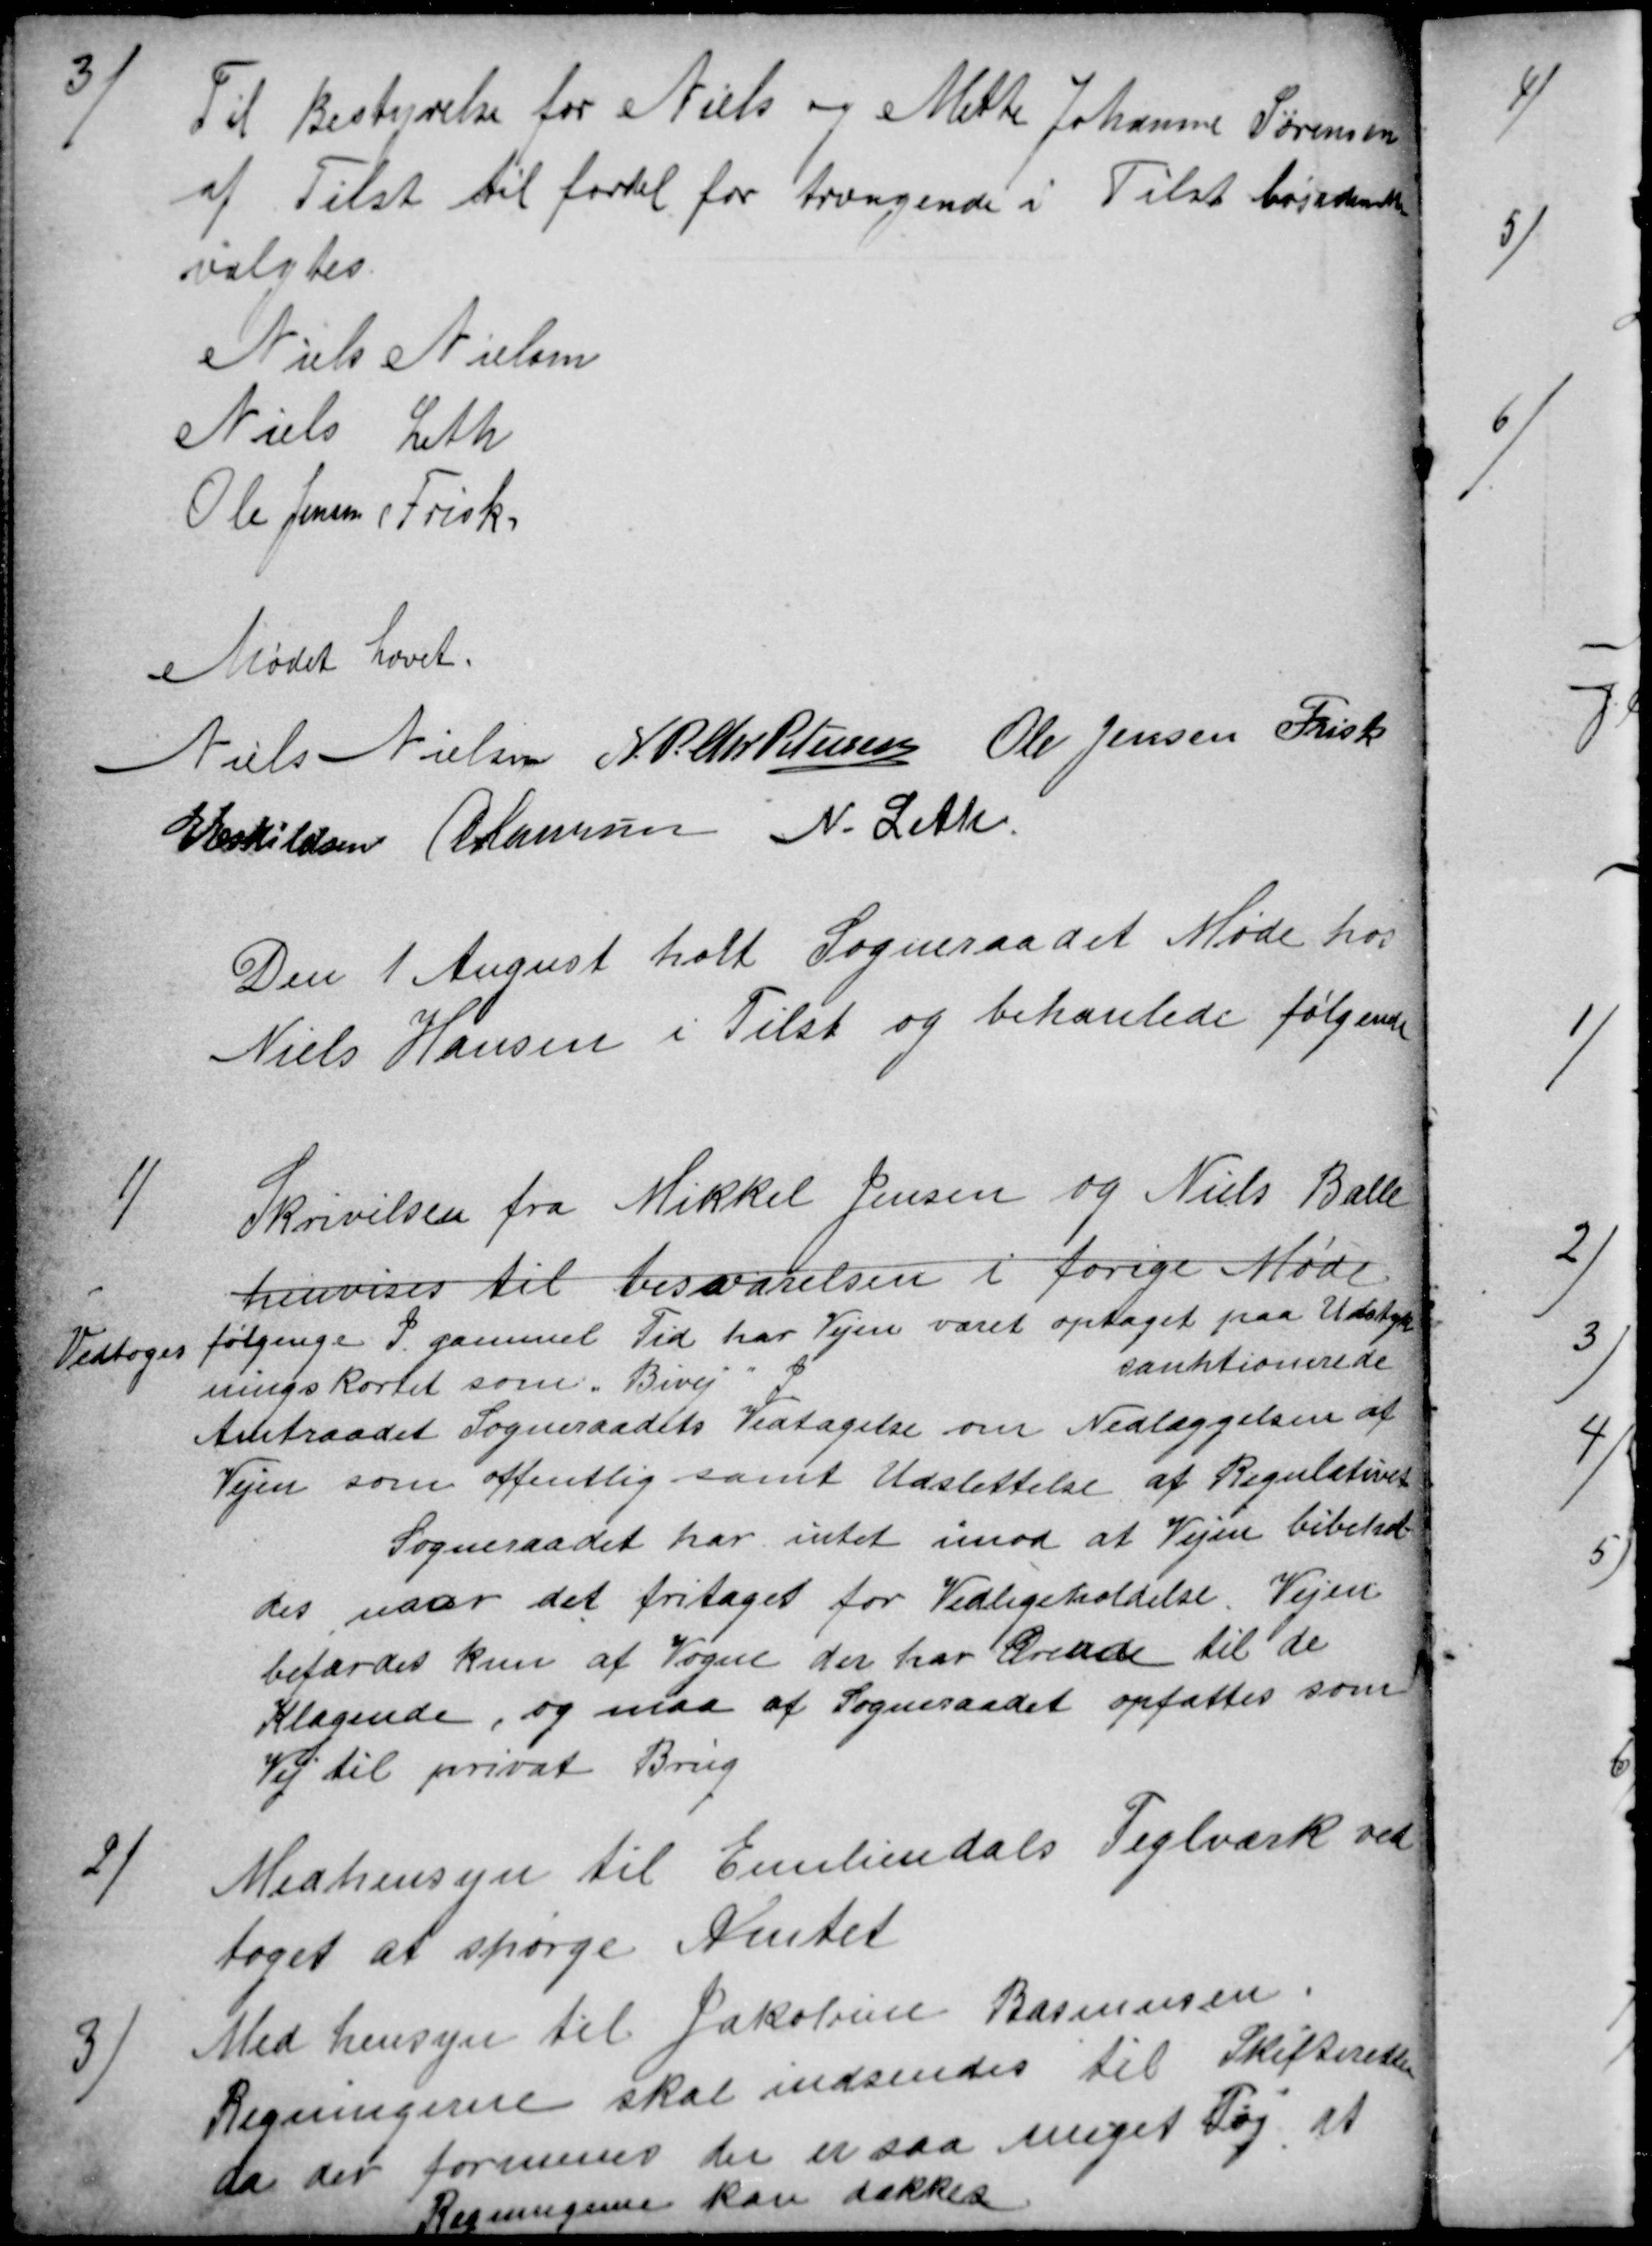
Transskription:
3)
Til Bestyrelse for Niels og Mette Johanne Sørensen
af Tilst til fordel for trængende i Tilst bosidende
valgtes
Niels Nielsen
Niels Leth
Ole Jensen (Frisk)
Mødet hævet.
Niels Nielsen N. P. Chr. Petersen Ole Jensen Frisk
E Eskildsen A Laursen N. Leth
Den 1 August holt Sogneraadet Møde hos
Niels Hansen i Tilst og behanlede følgende
1)
Skrivelsen fra Mikkel Jensen og Niels Balle
henvises til besvarelsen i forige Møde
Vedtoges
følgenge I gammel Tid har Vejen været optaget paa Udstyk
ningskortet som "Bivej"
I
sanktionerede
Amtraadet Sogneraadets Vedtagelse om Nedlæggelsen af
Vejen som offentlig samt Udslettelse af Regulativet
Sogneraadet har intet imod at Vejen bibehol-
des naar det fritaget for Vedligeholdelse. Vejen
befærdes kun af Vogne der har Ærende til de
Klagende, og maa af Sogneraadet opfattes som
Vej til privat Brug
2)
Med hensyn til Emiliendals Teglværk ved
toges at spørge Amtet
3)
Med hensyn til Jakobine Rasmussen.
Regningerne skal indsendes til Skifteretten
da der formenes der er saa meget Tøj at
Regningerne kan dækkes